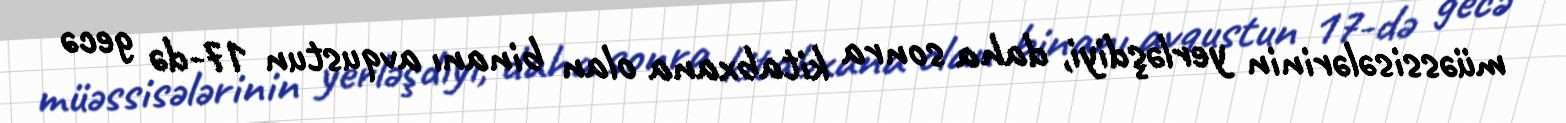
müəssisələrinin yerləşdiyi, daha sonra kitabxana olan binanı avqustun 17-də gecə